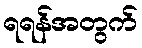
ရရန်အတွက်